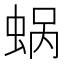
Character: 蜗